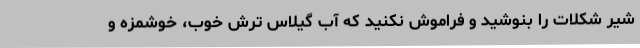
شیر شکلات را بنوشید و فراموش نکنید که آب گیلاس ترش خوب، خوشمزه و